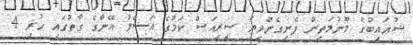
ޝުޢައިބުގެ މޫނުމަތިން ފެނިގެންދިޔަ ސީރިއަސް ކަމުގެ އަސްލު އޭނާގެ ގާތުގައި ހުރި 4